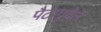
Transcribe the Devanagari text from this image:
पैटाग्रूवेल